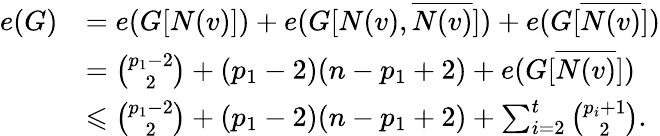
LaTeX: \begin{array}{rl}{e(G)}&{=e(G[N(v)])+e(G[N(v),\overline{{N(v)}}])+e(G[\overline{{N(v)}}])}\\ &{=\binom{p_{1}-2}{2}+(p_{1}-2)(n-p_{1}+2)+e(G[\overline{{N(v)}}])}\\ &{\leqslant\binom{p_{1}-2}{2}+(p_{1}-2)(n-p_{1}+2)+\sum_{i=2}^{t}\binom{p_{i}+1}{2}.}\end{array}